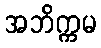
အဘိက္ကမ